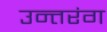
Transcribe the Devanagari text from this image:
उन्तरंग